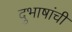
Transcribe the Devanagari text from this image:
दुभाषांची